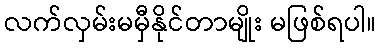
လက်လှမ်းမမှီနိုင်တာမျိုး မဖြစ်ရပါ။